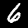
Digit: 6